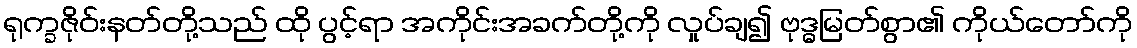
ရုက္ခဇိုဝ်းနတ်တို့သည် ထို ပွင့်ရာ အကိုင်းအခက်တို့ကို လှုပ်ချ၍ ဗုဒ္ဓမြတ်စွာ၏ ကိုယ်တော်ကို